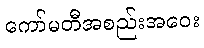
ကော်မတီအစည်းအဝေး